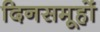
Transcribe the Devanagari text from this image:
दिनसमूहों